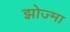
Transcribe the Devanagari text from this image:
झोज्मा